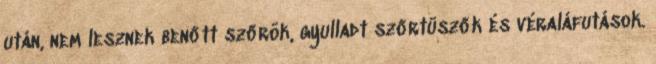
után, nem lesznek benőtt szőrök, gyulladt szőrtüszők és véraláfutások.